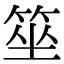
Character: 𥭭